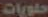
حلويات